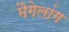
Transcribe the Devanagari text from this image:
मैगेलांग